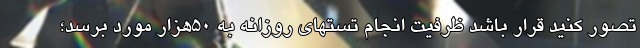
تصور کنید قرار باشد ظرفیت انجام تستهای روزانه به ۵۰هزار مورد برسد؛